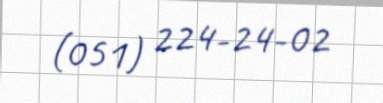
(051) 224-24-02